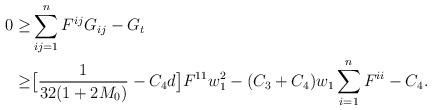
LaTeX: \begin{align*}0 \ge& \sum\limits_{ij = 1}^n {F^{ij} G_{ij} } - G_t \\\geq& \big[\frac{1}{{32(1 + 2M_0 )}} - C_4 d \big] F^{11} w_1 ^2 - (C_3+C_4)w_1 \sum\limits_{i = 1}^n {F^{ii} } -C_4.\end{align*}